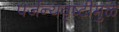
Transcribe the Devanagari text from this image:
पर्जन्यवृष्टीमुळे